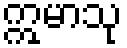
ဣမာသု